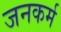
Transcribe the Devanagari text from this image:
जनकर्म